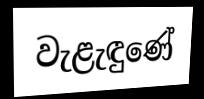
වැළැඳුණේ